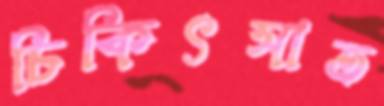
চিকিৎসাত